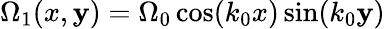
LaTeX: \Omega_{1}(x,\mathbf{y})=\Omega_{0}\cos(k_{0}x)\sin(k_{0}\mathbf{y})